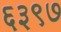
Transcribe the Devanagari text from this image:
६३९७